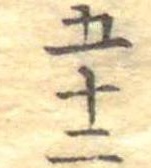
五十二